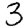
Digit: 3